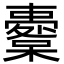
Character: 櫜